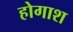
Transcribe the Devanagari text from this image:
होगाश